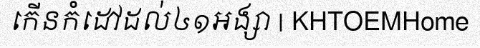
កើនកំដៅដល់៤១អង្សា | KHTOEMHome